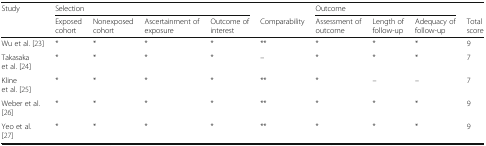
<table><thead><tr><td rowspan="2"><b>Study</b></td><td colspan="4"><b>Selection</b></td><td></td><td colspan="3"><b>Outcome</b></td><td></td></tr><tr><td><b>Exposed cohort</b></td><td><b>Nonexposed cohort</b></td><td><b>Ascertainment of exposure</b></td><td><b>Outcome of interest</b></td><td><b>Comparability</b></td><td><b>Assessment of outcome</b></td><td><b>Length of follow-up</b></td><td><b>Adequacy of follow-up</b></td><td><b>Total score</b></td></tr></thead><tbody><tr><td>Wu et al. [23]</td><td>*</td><td>*</td><td>*</td><td>*</td><td>**</td><td>*</td><td>*</td><td>*</td><td>9</td></tr><tr><td>Takasaka et al. [24]</td><td>*</td><td>*</td><td>*</td><td>*</td><td>–</td><td>*</td><td>*</td><td>*</td><td>7</td></tr><tr><td>Kline et al. [25]</td><td>*</td><td>*</td><td>*</td><td>*</td><td>**</td><td>*</td><td>–</td><td>–</td><td>7</td></tr><tr><td>Weber et al. [26]</td><td>*</td><td>*</td><td>*</td><td>*</td><td>**</td><td>*</td><td>*</td><td>*</td><td>9</td></tr><tr><td>Yeo et al. [27]</td><td>*</td><td>*</td><td>*</td><td>*</td><td>**</td><td>*</td><td>*</td><td>*</td><td>9</td></tr></tbody></table>